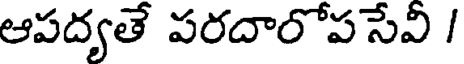
ఆపద్యతే పరదారోపసేవీ /